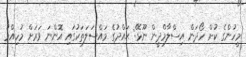
މީހުންގެ ކުށް ހޯދަން އިސްލާމްދީން ނޫޅޭ: ޙައްދުގެ މައްސަލަތަކުގައި އޮންނަ ވަރަށް މުހިއްމު